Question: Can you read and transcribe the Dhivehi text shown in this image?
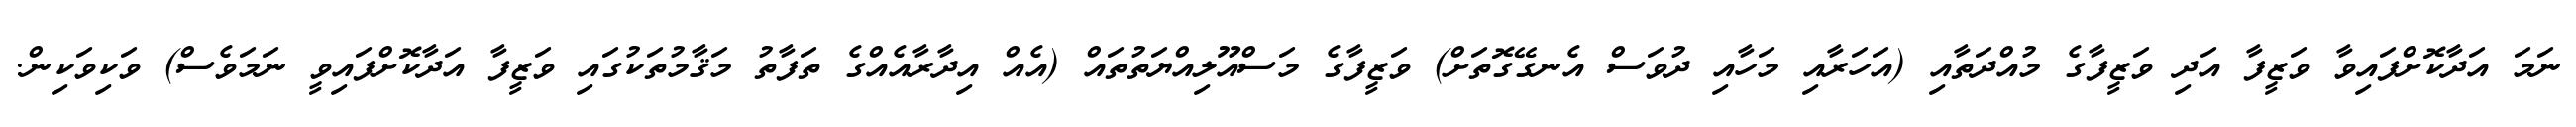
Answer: ނަމަ އަދާކޮށްފައިވާ ވަޒީފާ އަދި ވަޒީފާގެ މުއްދަތާއި (އަހަރާއި މަހާއި ދުވަސް އެނގޭގޮތަށް) ވަޒީފާގެ މަސްއޫލިއްޔަތުތައް (އެއް އިދާރާއެއްގެ ތަފާތު މަޤާމުތަކުގައި ވަޒީފާ އަދާކޮށްފައިވީ ނަމަވެސް) ވަކިވަކިން.